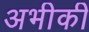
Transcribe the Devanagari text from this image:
अभीकी